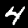
Label: 4